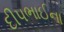
દીપભાઈના